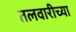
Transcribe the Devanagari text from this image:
तलवारीच्‍या